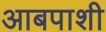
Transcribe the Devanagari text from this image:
आबपाशी